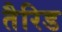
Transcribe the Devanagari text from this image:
तैरिड